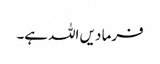
فرما دیں اللہ ہے۔